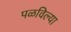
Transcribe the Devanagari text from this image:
पळविल्या